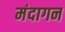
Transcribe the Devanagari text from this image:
मंदागन